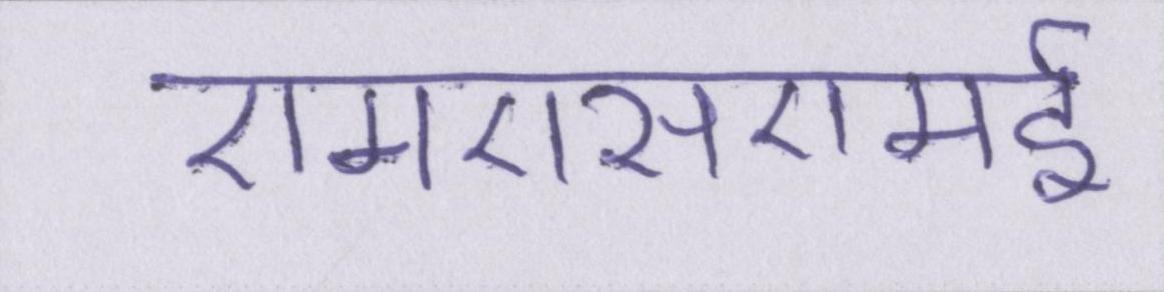
एमएसएमई